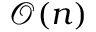
\mathcal { O } ( n )